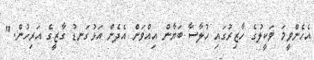
އެހެންވީމަ ވަކީލުގެ ހާޒިރުގައި ހުލާސާ ބަޔާން އިއްވަން އެދެން އަޅުގަނޑު ގާޒީގެ އަރިހުން."